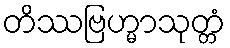
တိဿဗြဟ္မာသုတ္တံ